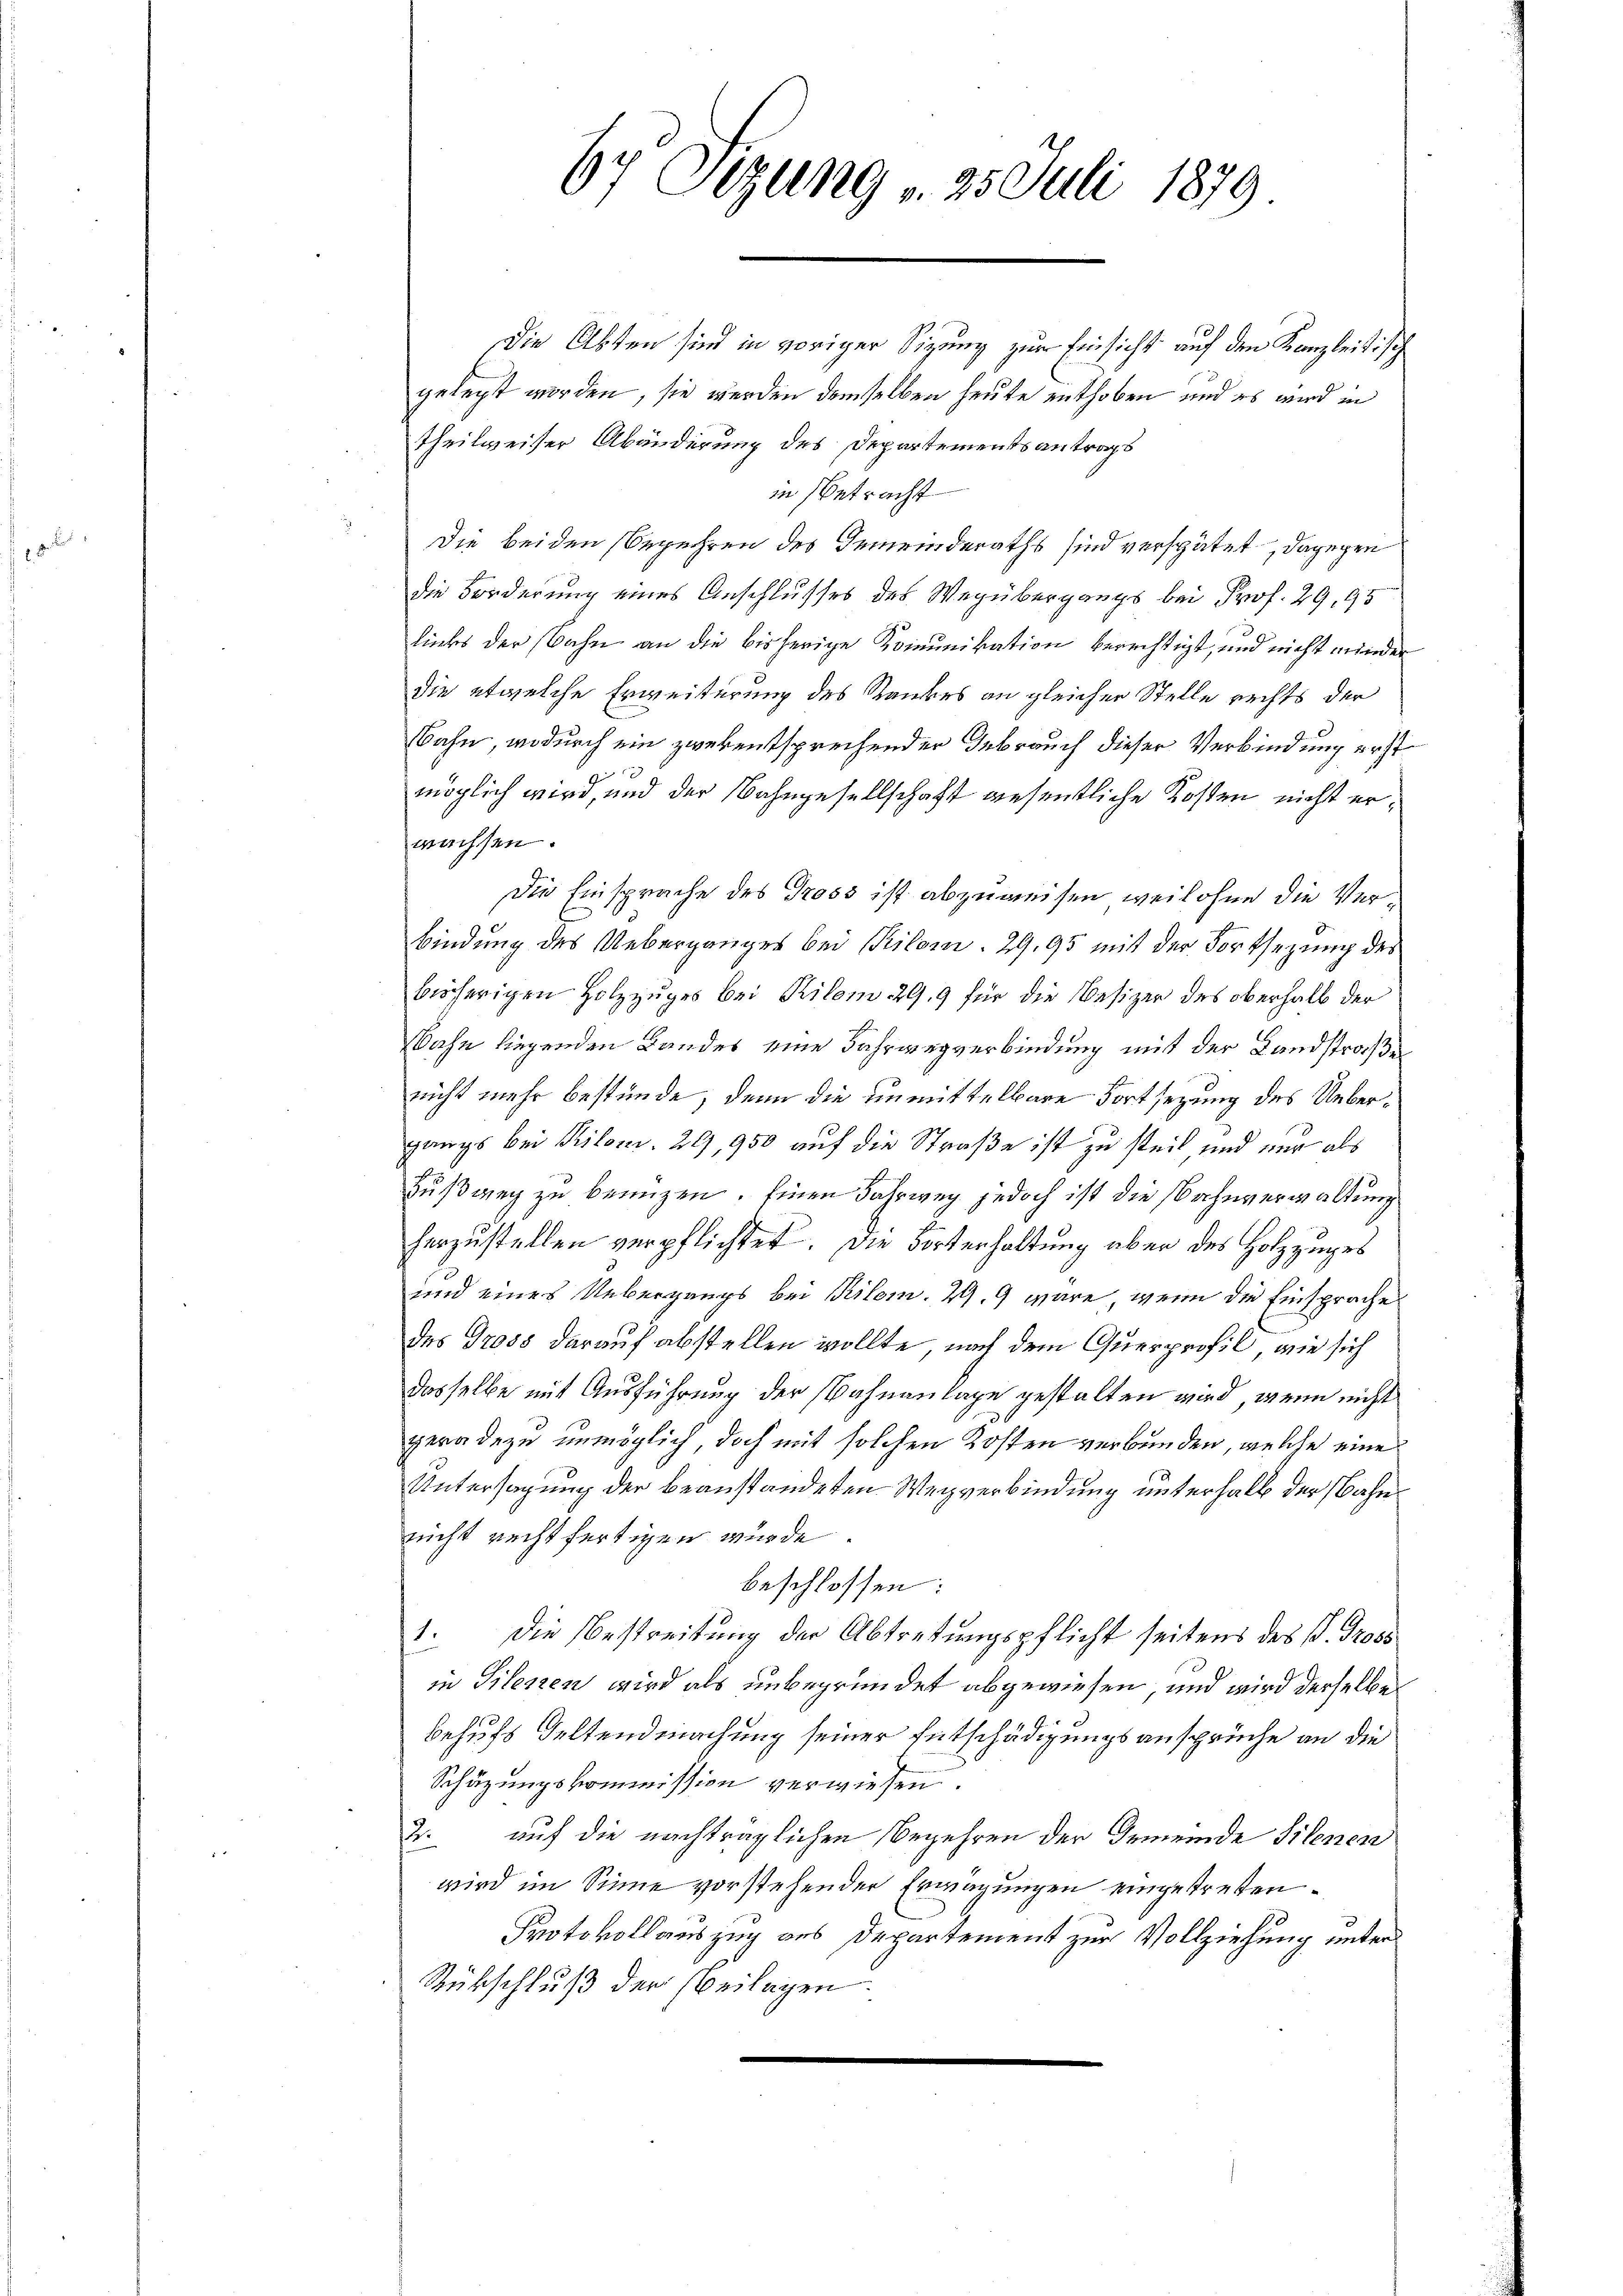
67 Sizung 25. Juli 1879

Die Abten sind in voriger Sizung zur Einsicht auf den Kanzleitisch
gelegt worden, sie werden demselben heute enthoben und es wird in
theilweiser Abänderung des Departementsantrags
in Betracht
Die beiden Begehren des Gemeinderaths sind verspätet, dagegen
die Forderung eines Anschlusses des Wegübergangs bei Prof. 29, 95
links der Bahn an die bisherige Komunikation berechtigt, und nicht minder
die etwelche Erweiterung des Rankes an gleicher Stelle rechts der
Bahn, wodurch ein zwekentsprechender Gebrauch dieser Verbindung erst
möglich wird, und der Bahngesellschaft wesentliche Kosten nicht erwachsen.
Die Einsprache des Gross ist abzuweisen weil ohne die Verbindung des Ueberganges bei Kilom. 29, 95 mit der Fortsetzung des
bisherigen Holzzuges bei Kilom 29. 9 für die Besizer des oberhalb der
Wahn liegenden Bandes eine Fahrwegverbindung mit der Landstraße
nicht mehr bestünde, denn die unmittelbare Fortsetzung des Uebergangs bei Pilon. 29,950 auf die Straße ist zu steil, und nur als
Fußweg zu benuzen. Einen Fahrweg jedoch ist die Bahnverwaltung
herzustellen verpflichtet. Die Forterhaltung aber des Holzzuges
und eines Uebergangs bei Rilem. 29. 9 wäre, wenn die Einsprache
des Gross darauf abstellen wollte, nach dem Querprofil, wie sich
dasselbe mit Ausführung der Bahnanlage gestalten wird, wenn nicht
geradezu unmöglich, doch mit solchen Kosten verbunden, welche eine
Untersagung der beanstandeten Wegverbindung unterhalb der Bahnnicht rechtfertigen wurde.
beschlossen:
1. Die Bestreitung der Abtretungspflicht seitens des P. Gross
in Silesen wird als unbegründet abgewiesen, und wird derselbe
behufs Seltendmachung seiner Entschädigungsansprüche an die
Schüzungskommission verwiesen.
2. auf die nachträglichen Begehren der Gemeinde Silenen
wird im Sinne vorstehender Erwägungen eingetreten¬
Protokollauszug aus Departement zur Vollziehung unter
Rückschluß der Beilagen.